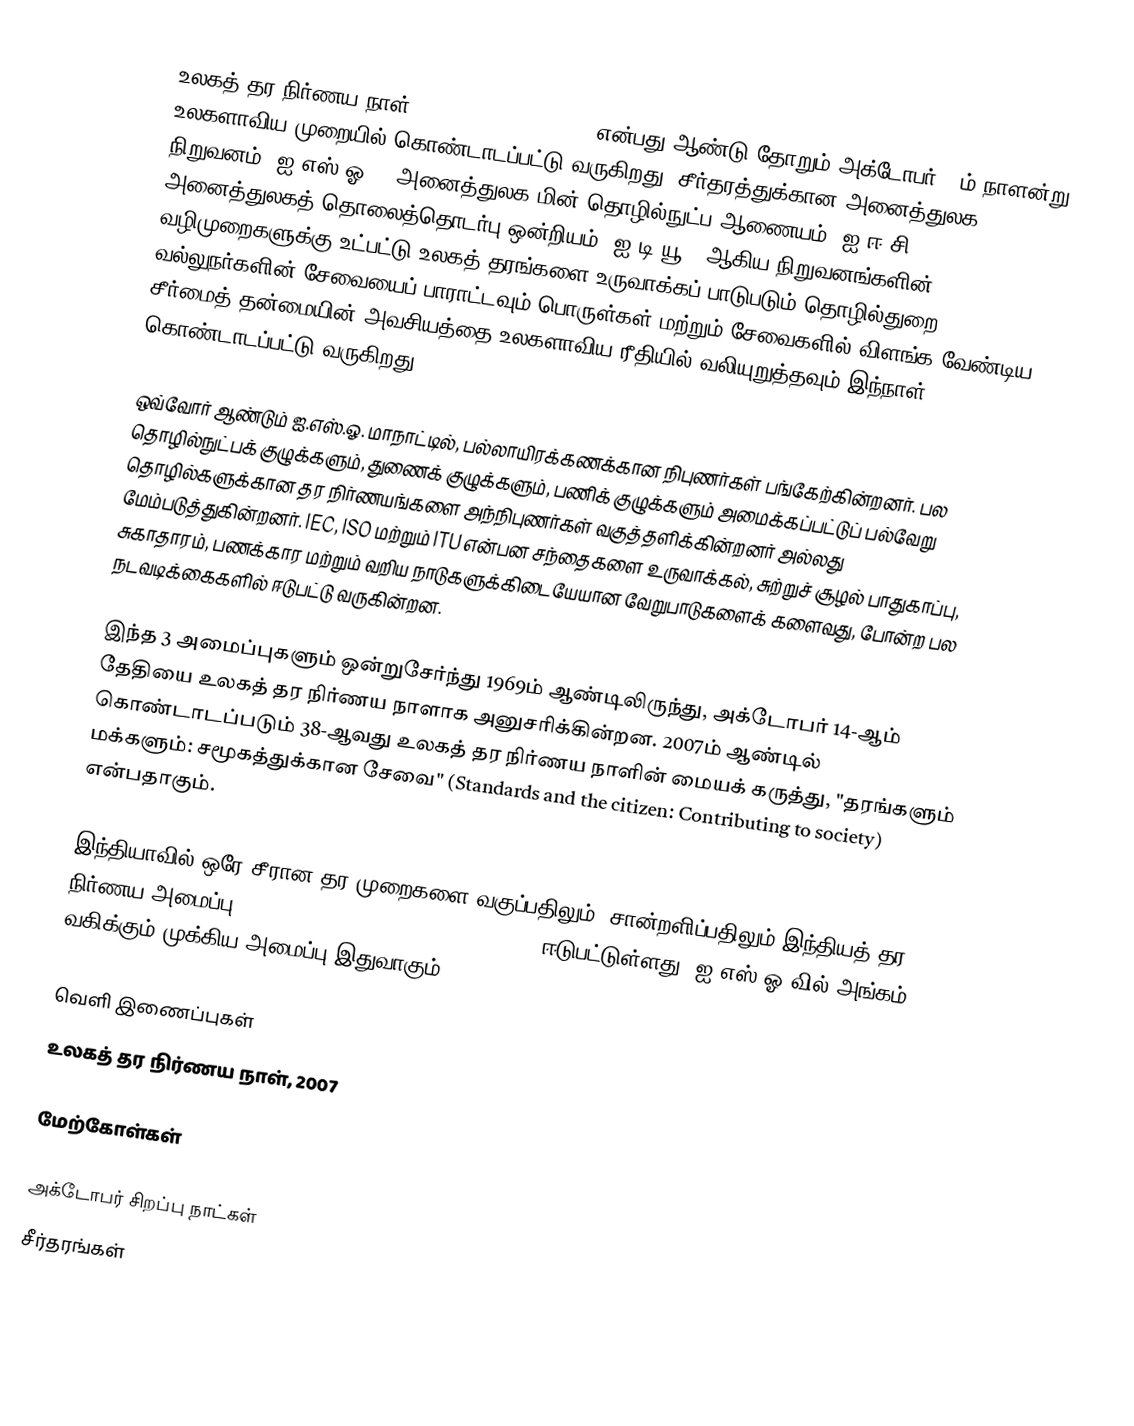
உலகத் தர நிர்ணய நாள் (World Standards Day) என்பது ஆண்டு தோறும் அக்டோபர் 14ம் நாளன்று உலகளாவிய முறையில் கொண்டாடப்பட்டு வருகிறது. சீர்தரத்துக்கான அனைத்துலக நிறுவனம் (ஐ.எஸ்.ஓ.), அனைத்துலக மின் தொழில்நுட்ப ஆணையம் (ஐ.ஈ.சி.), அனைத்துலகத் தொலைத்தொடர்பு ஒன்றியம் (ஐ.டி.யூ.) ஆகிய நிறுவனங்களின் வழிமுறைகளுக்கு உட்பட்டு உலகத் தரங்களை உருவாக்கப் பாடுபடும் தொழில்துறை வல்லுநர்களின் சேவையைப் பாராட்டவும் பொருள்கள் மற்றும் சேவைகளில் விளங்க வேண்டிய சீர்மைத் தன்மையின் அவசியத்தை உலகளாவிய ரீதியில் வலியுறுத்தவும் இந்நாள் கொண்டாடப்பட்டு வருகிறது.

ஒவ்வோர் ஆண்டும் ஐ.எஸ்.ஓ. மாநாட்டில், பல்லாயிரக்கணக்கான நிபுணர்கள் பங்கேற்கின்றனர். பல தொழில்நுட்பக் குழுக்களும், துணைக் குழுக்களும், பணிக் குழுக்களும் அமைக்கப்பட்டுப் பல்வேறு தொழில்களுக்கான தர நிர்ணயங்களை அந்நிபுணர்கள் வகுத்தளிக்கின்றனர் அல்லது மேம்படுத்துகின்றனர். IEC, ISO மற்றும் ITU என்பன சந்தைகளை உருவாக்கல், சுற்றுச் சூழல் பாதுகாப்பு, சுகாதாரம், பணக்கார மற்றும் வறிய நாடுகளுக்கிடையேயான வேறுபாடுகளைக் களைவது, போன்ற பல நடவடிக்கைகளில் ஈடுபட்டு வருகின்றன.

இந்த 3 அமைப்புகளும் ஒன்றுசேர்ந்து 1969ம் ஆண்டிலிருந்து, அக்டோபர் 14-ஆம் தேதியை உலகத் தர நிர்ணய நாளாக அனுசரிக்கின்றன. 2007ம் ஆண்டில் கொண்டாடப்படும் 38-ஆவது உலகத் தர நிர்ணய நாளின் மையக் கருத்து, "தரங்களும் மக்களும்: சமூகத்துக்கான சேவை" (Standards and the citizen: Contributing to society) என்பதாகும்.

இந்தியாவில் ஒரே சீரான தர முறைகளை வகுப்பதிலும், சான்றளிப்பதிலும் இந்தியத் தர நிர்ணய அமைப்பு (Bureau of Indian Standards - BIS'') ஈடுபட்டுள்ளது. ஐ.எஸ்.ஓ-வில் அங்கம் வகிக்கும் முக்கிய அமைப்பு இதுவாகும்.

வெளி இணைப்புகள்
 உலகத் தர நிர்ணய நாள், 2007

மேற்கோள்கள்

அக்டோபர் சிறப்பு நாட்கள்
சீர்தரங்கள்